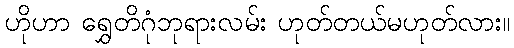
ဟိုဟာ ရွှေတိဂုံဘုရားလမ်း ဟုတ်တယ်မဟုတ်လား။